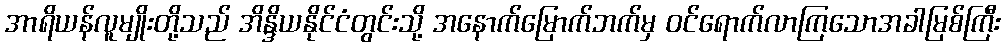
အာရိယန်လူမျိုးတို့သည် အိန္ဒိယနိုင်ငံတွင်းသို့ အနောက်မြောက်ဘက်မှ ဝင်ရောက်လာကြသောအခါမြစ်ကြီး